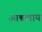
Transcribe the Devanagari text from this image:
आश्वलाय